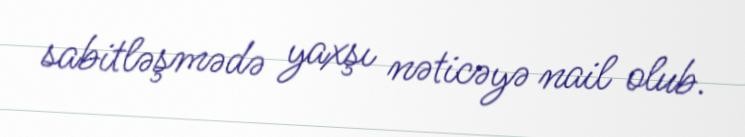
sabitləşmədə yaxşı nəticəyə nail olub.